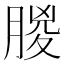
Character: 䶽